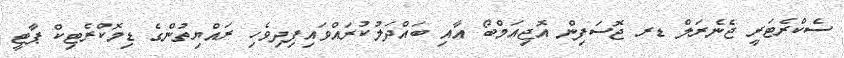
ސެކްރެޓަރީ ޖެނެރަލް ޑރ ޖޮސަފިން އޮޖިއަމްބޯ އާއި ބައްދަލުކުރައްވައިފިދިވެހި ރައްޔިތުންގެ ޑިމޮކްރެޓިކް ޕާޓީ